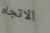
الاتجاه